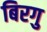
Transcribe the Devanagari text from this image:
बिरगु